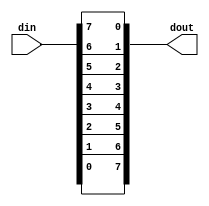
//invert8b.v

module invert8b(
din,
dout
);
input [7:0] din;
output [7:0] dout;
//--------------------------
//--------------------------
wire [7:0] dout;
assign dout[7] = din[0];
assign dout[6] = din[1];
assign dout[5] = din[2];
assign dout[4] = din[3];
assign dout[3] = din[4];
assign dout[2] = din[5];
assign dout[1] = din[6];
assign dout[0] = din[7];
endmodule